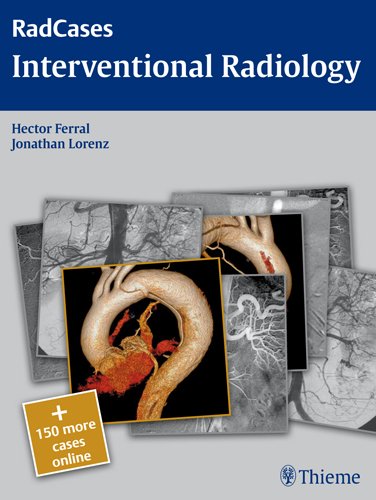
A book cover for Interventional Radiology (RadCases); Hector Ferral; Medical Books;